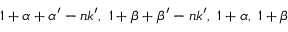
1 + \alpha + \alpha ^ { \prime } - n k ^ { \prime } , ~ 1 + \beta + \beta ^ { \prime } - n k ^ { \prime } , ~ 1 + \alpha , ~ 1 + \beta